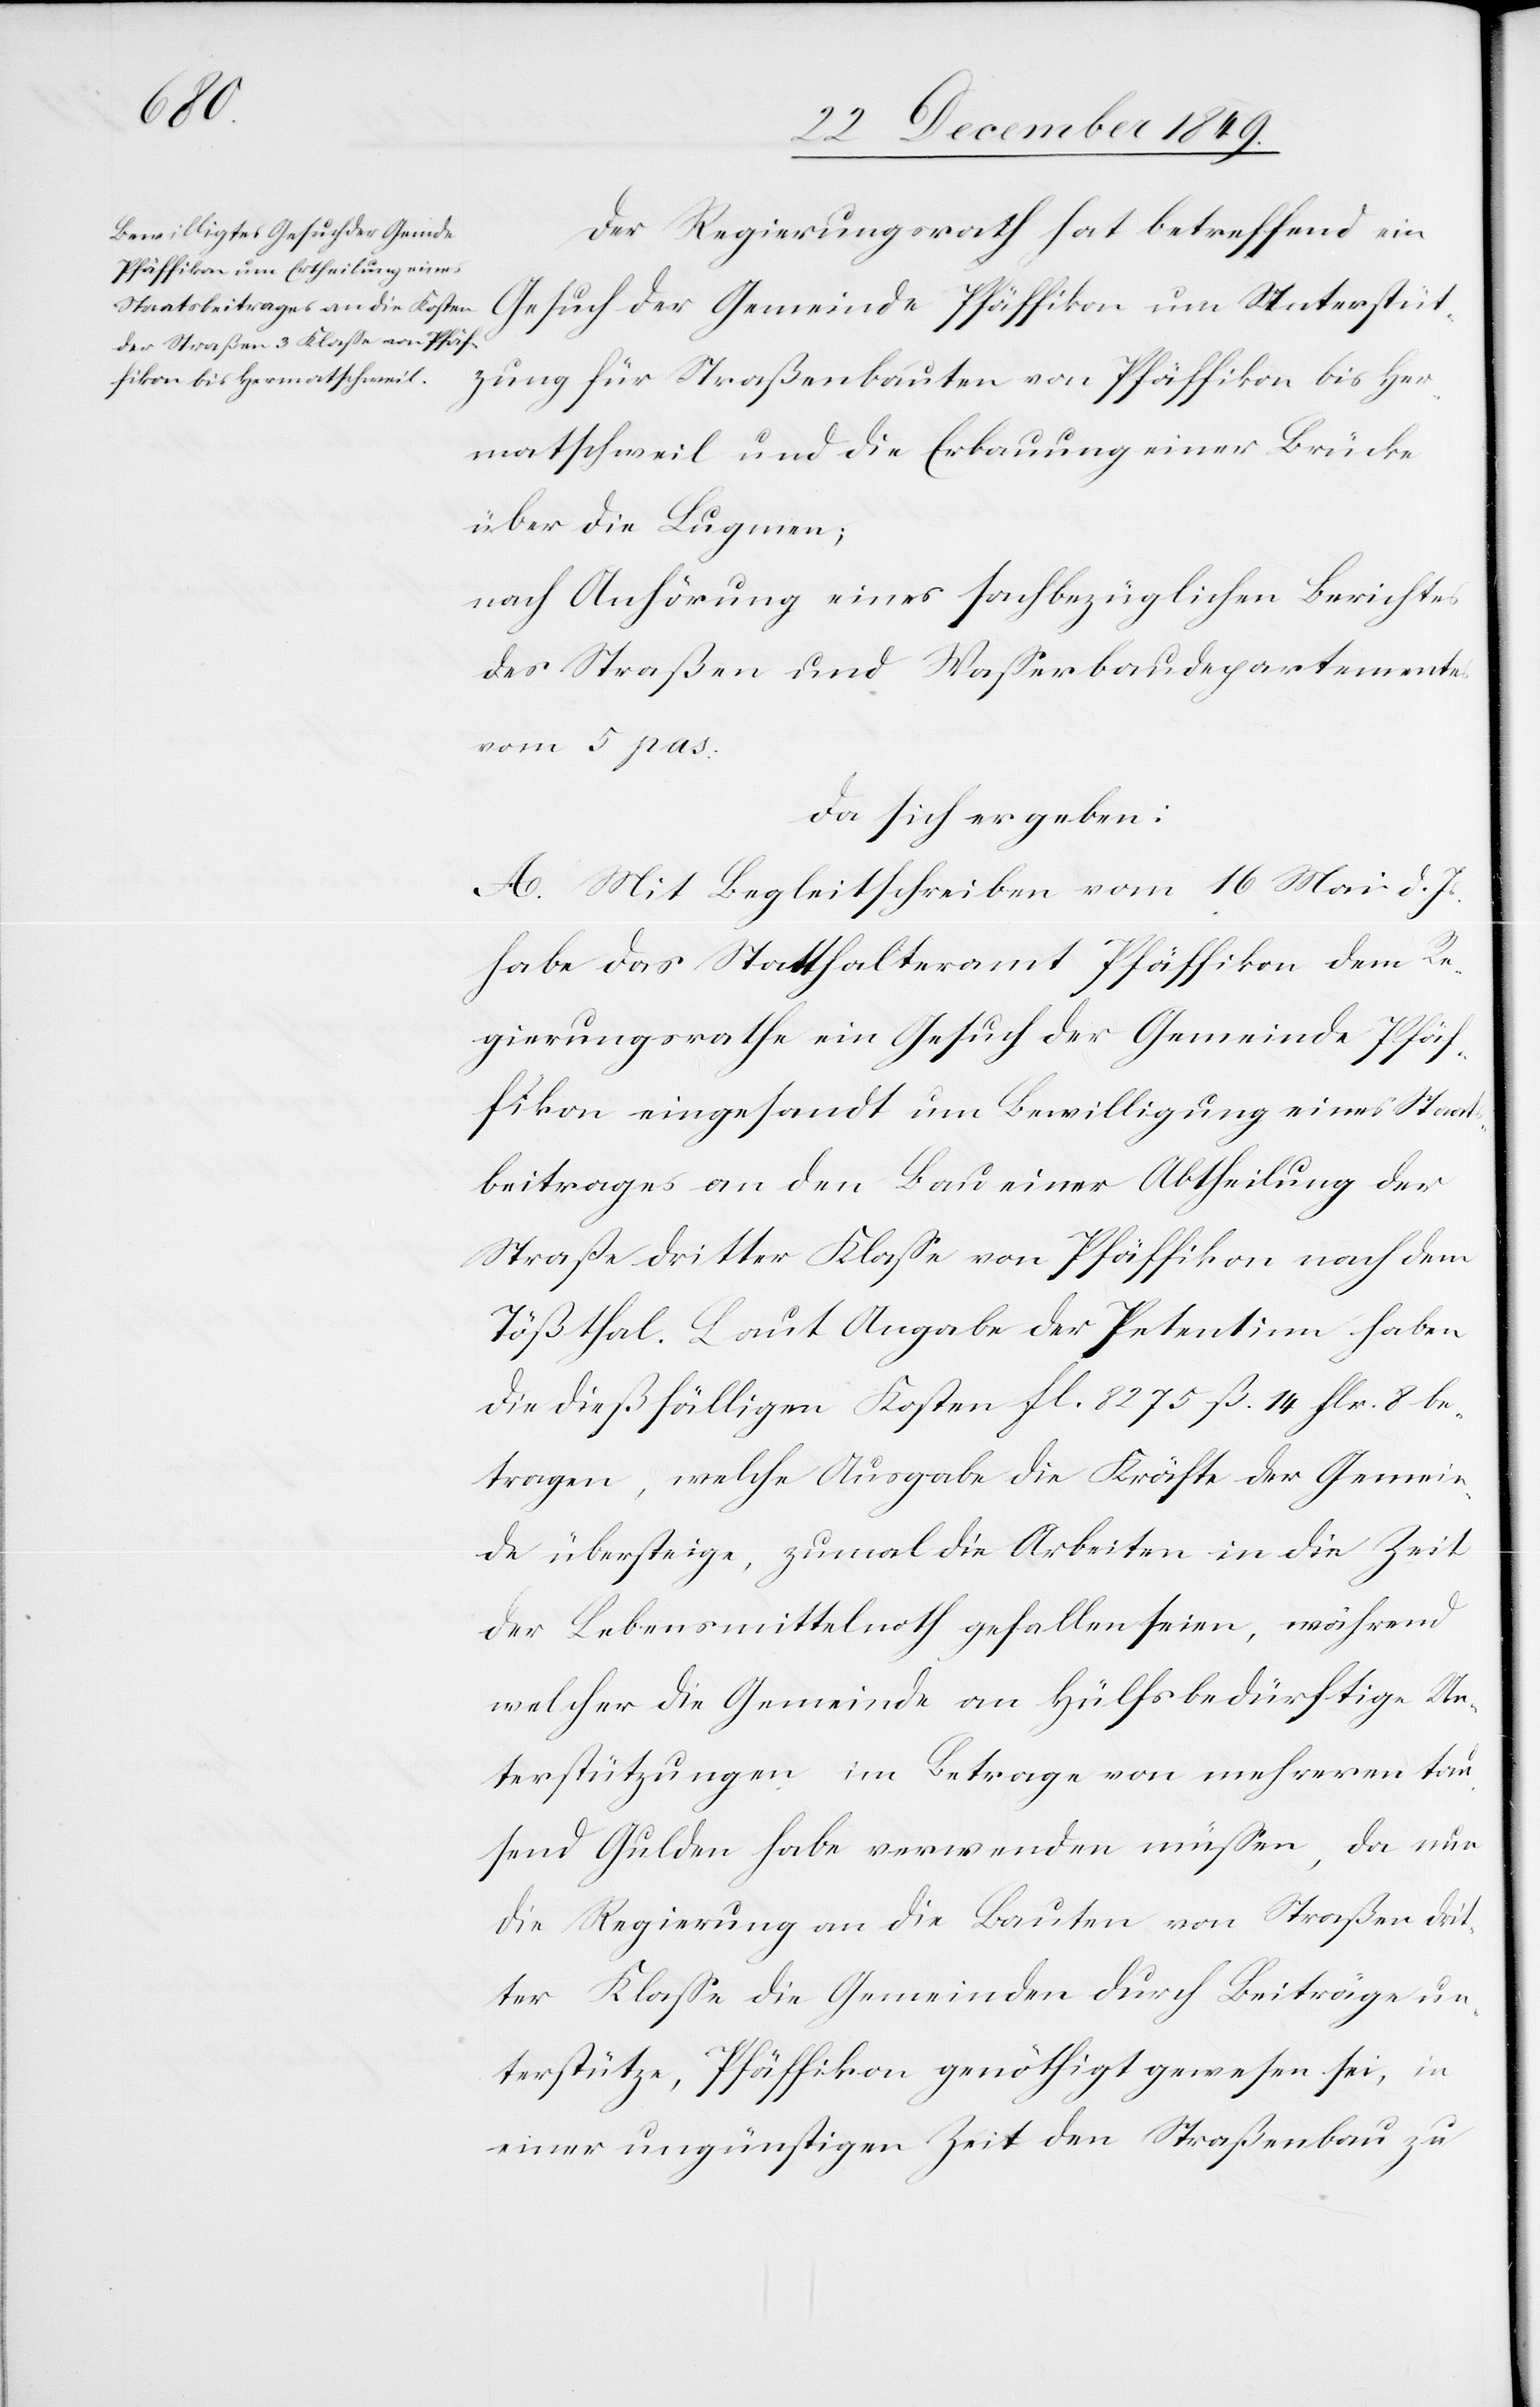
Der Regierungsrath hat betreffend ein
Gesuch der Gemeinde Pfäffikon um Unterstüt¬
zung für Straßenbauten von Pfäffikon bis Her¬
matschweil und die Erbauung einer Bürcke
über die Lugmien;
nach Anhörung eines sachbezüglichen Berichtes
des Straßen und Waßerbaudepartementes
vom 5 pas.
da sich ergeben:
A. Mit Begleitschreiben vom 16 Mai d. Js.
habe das Statthalteramt Pfäffikon dem Re¬
gierungsrathe ein Gesuch der Gemeinde Pfäf¬
fikon eingesandt um Bewilligung eines Staats¬
beitrages an den Bau einer Abtheilung der
Straße dritter Klaße von Pfäffikon nach dem
Tößthal. Laut Angabe der Petentinn haben
die dießfälligen Kosten fl. 8275 ß 14. flr. 8 be¬
tragen, welche Ausgabe die Kräfte der Gemein¬
de übersteige, zumal die Arbeiten in die Zeit
der Lebensmittelnoth gefallen seien, während
welcher die Gemeinde an Hülfsbedürftige Un¬
terstützungen im Betrage von mehreren tau¬
send Gulden habe verwenden müßen, da nur
die Regierung an die Bauten von Straßen drit¬
ter Klaße die Gemeinden durch Beiträge un¬
terstütze, Pfäffikon genöthigt gewesen sei, in
einer ungünstigen Zeit den Straßenbau zu